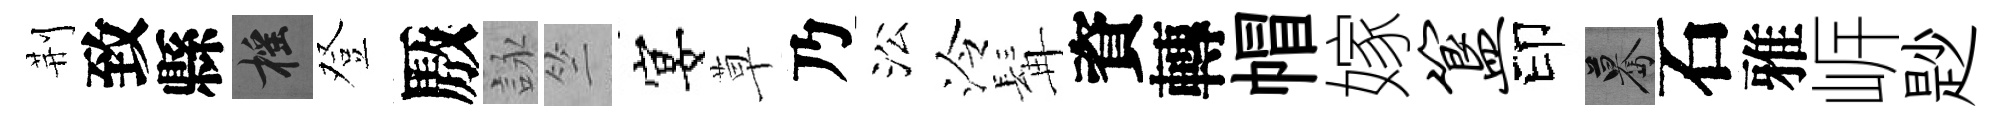
荆致縣摇登厫詠竺宴草乃㳂泠髯資轉帽嫁簋印驀石雅㟁尟